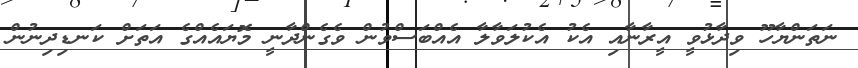
ނަތަންޔާހޫ ވިދާޅުވީ އީރާނާއި އެކު އެކުލަވާލާ އެއްބަސްވުން ވެގެންދާނީ މޮޔައެއްގެ އަތަށް ކަނޑިދިނުން